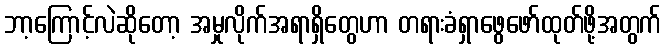
ဘာ့ကြောင့်လဲဆိုတော့ အမှုလိုက်အရာရှိတွေဟာ တရားခံရှာဖွေဖော်ထုတ်ဖို့အတွက်